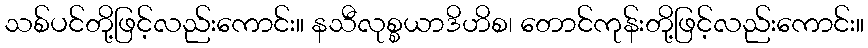
သစ်ပင်တို့ဖြင့်လည်းကောင်း။ နသီလုစ္စယာဒိဟိစ၊ တောင်ကုန်းတို့ဖြင့်လည်းကောင်း။